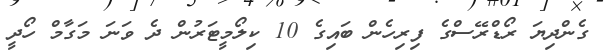
ގެންދިޔަ ރޯޑްރޭސްގެ ފިރިހެން ބައިގެ 10 ކިލޯމީޓަރުން ދެ ވަނަ މަގާމް ހޯދީ